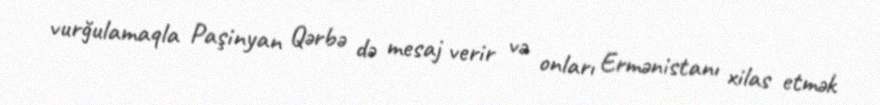
vurğulamaqla Paşinyan Qərbə də mesaj verir və onları Ermənistanı xilas etmək